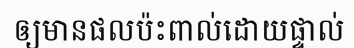
ឲ្យមានផលប៉ះពាល់ដោយផ្ទាល់